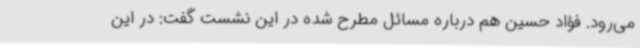
می‌رود. فؤاد حسین هم درباره مسائل مطرح شده در این نشست گفت: در این